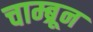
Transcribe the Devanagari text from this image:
चाम्ब्रून